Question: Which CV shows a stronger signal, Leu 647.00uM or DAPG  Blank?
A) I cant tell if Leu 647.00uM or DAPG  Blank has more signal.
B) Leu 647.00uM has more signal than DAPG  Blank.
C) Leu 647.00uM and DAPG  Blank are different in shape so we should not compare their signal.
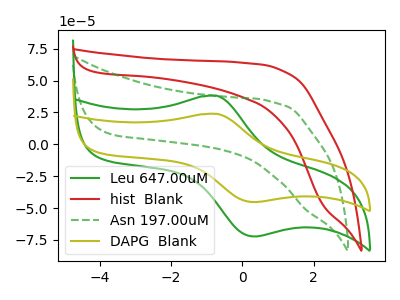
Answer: <think>The green curve "Leu 647.00uM" has an anodic peak at (-0.70V, 38.05uA) and a cathodic peak at (0.35V, -72.25uA). The red curve "hist  Blank" has no peaks. The green dashed curve "Asn 197.00uM" has no peaks. The olive curve "DAPG  Blank" has an anodic peak at (-0.70V, 23.85uA) and a cathodic peak at (0.35V, -45.30uA).
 All the peaks in "Leu 647.00uM" have a peak in "DAPG  Blank" at the same potential. Every peak in "Leu 647.00uM" is higher than every peak in "DAPG  Blank".</think>
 <answer>B) "Leu 647.00uM" has more signal than "DAPG  Blank".</answer>
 <eval>B</eval>